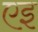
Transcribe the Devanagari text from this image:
एइ